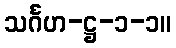
သင်္ဂဟ-ဋ္ဌ-၁-၁။